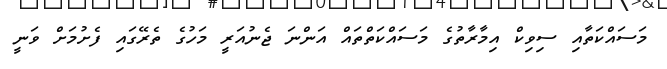
މަސައްކަތާއި ސިވިކް އިމާރާތުގެ މަސައްކަތްތައް އަންނަ ޖެނުއަރީ މަހުގެ ތެރޭގައި ފެށުމަށް ވަނީ